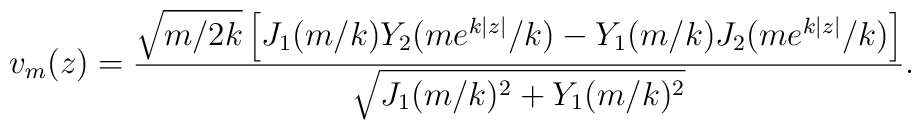
v_m(z)=\frac{\sqrt{m/2k} \left[J_1(m/k)Y_2(me^{k|z|}/k) - Y_1(m/k) J_2(me^{k|z|}/k)\right]}{\sqrt{J_1(m/k)^2+Y_1(m/k)^2}}.